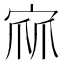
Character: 𭓹